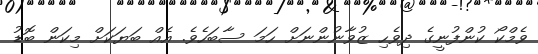
ވެމްކޯ ކުންފުނީގެ ދިވެހި ޒުވާނުންނަށް ހަމަ ސާބަހެވެ. އެއް ބަޔަކަށް މިކަން ބޮޑު